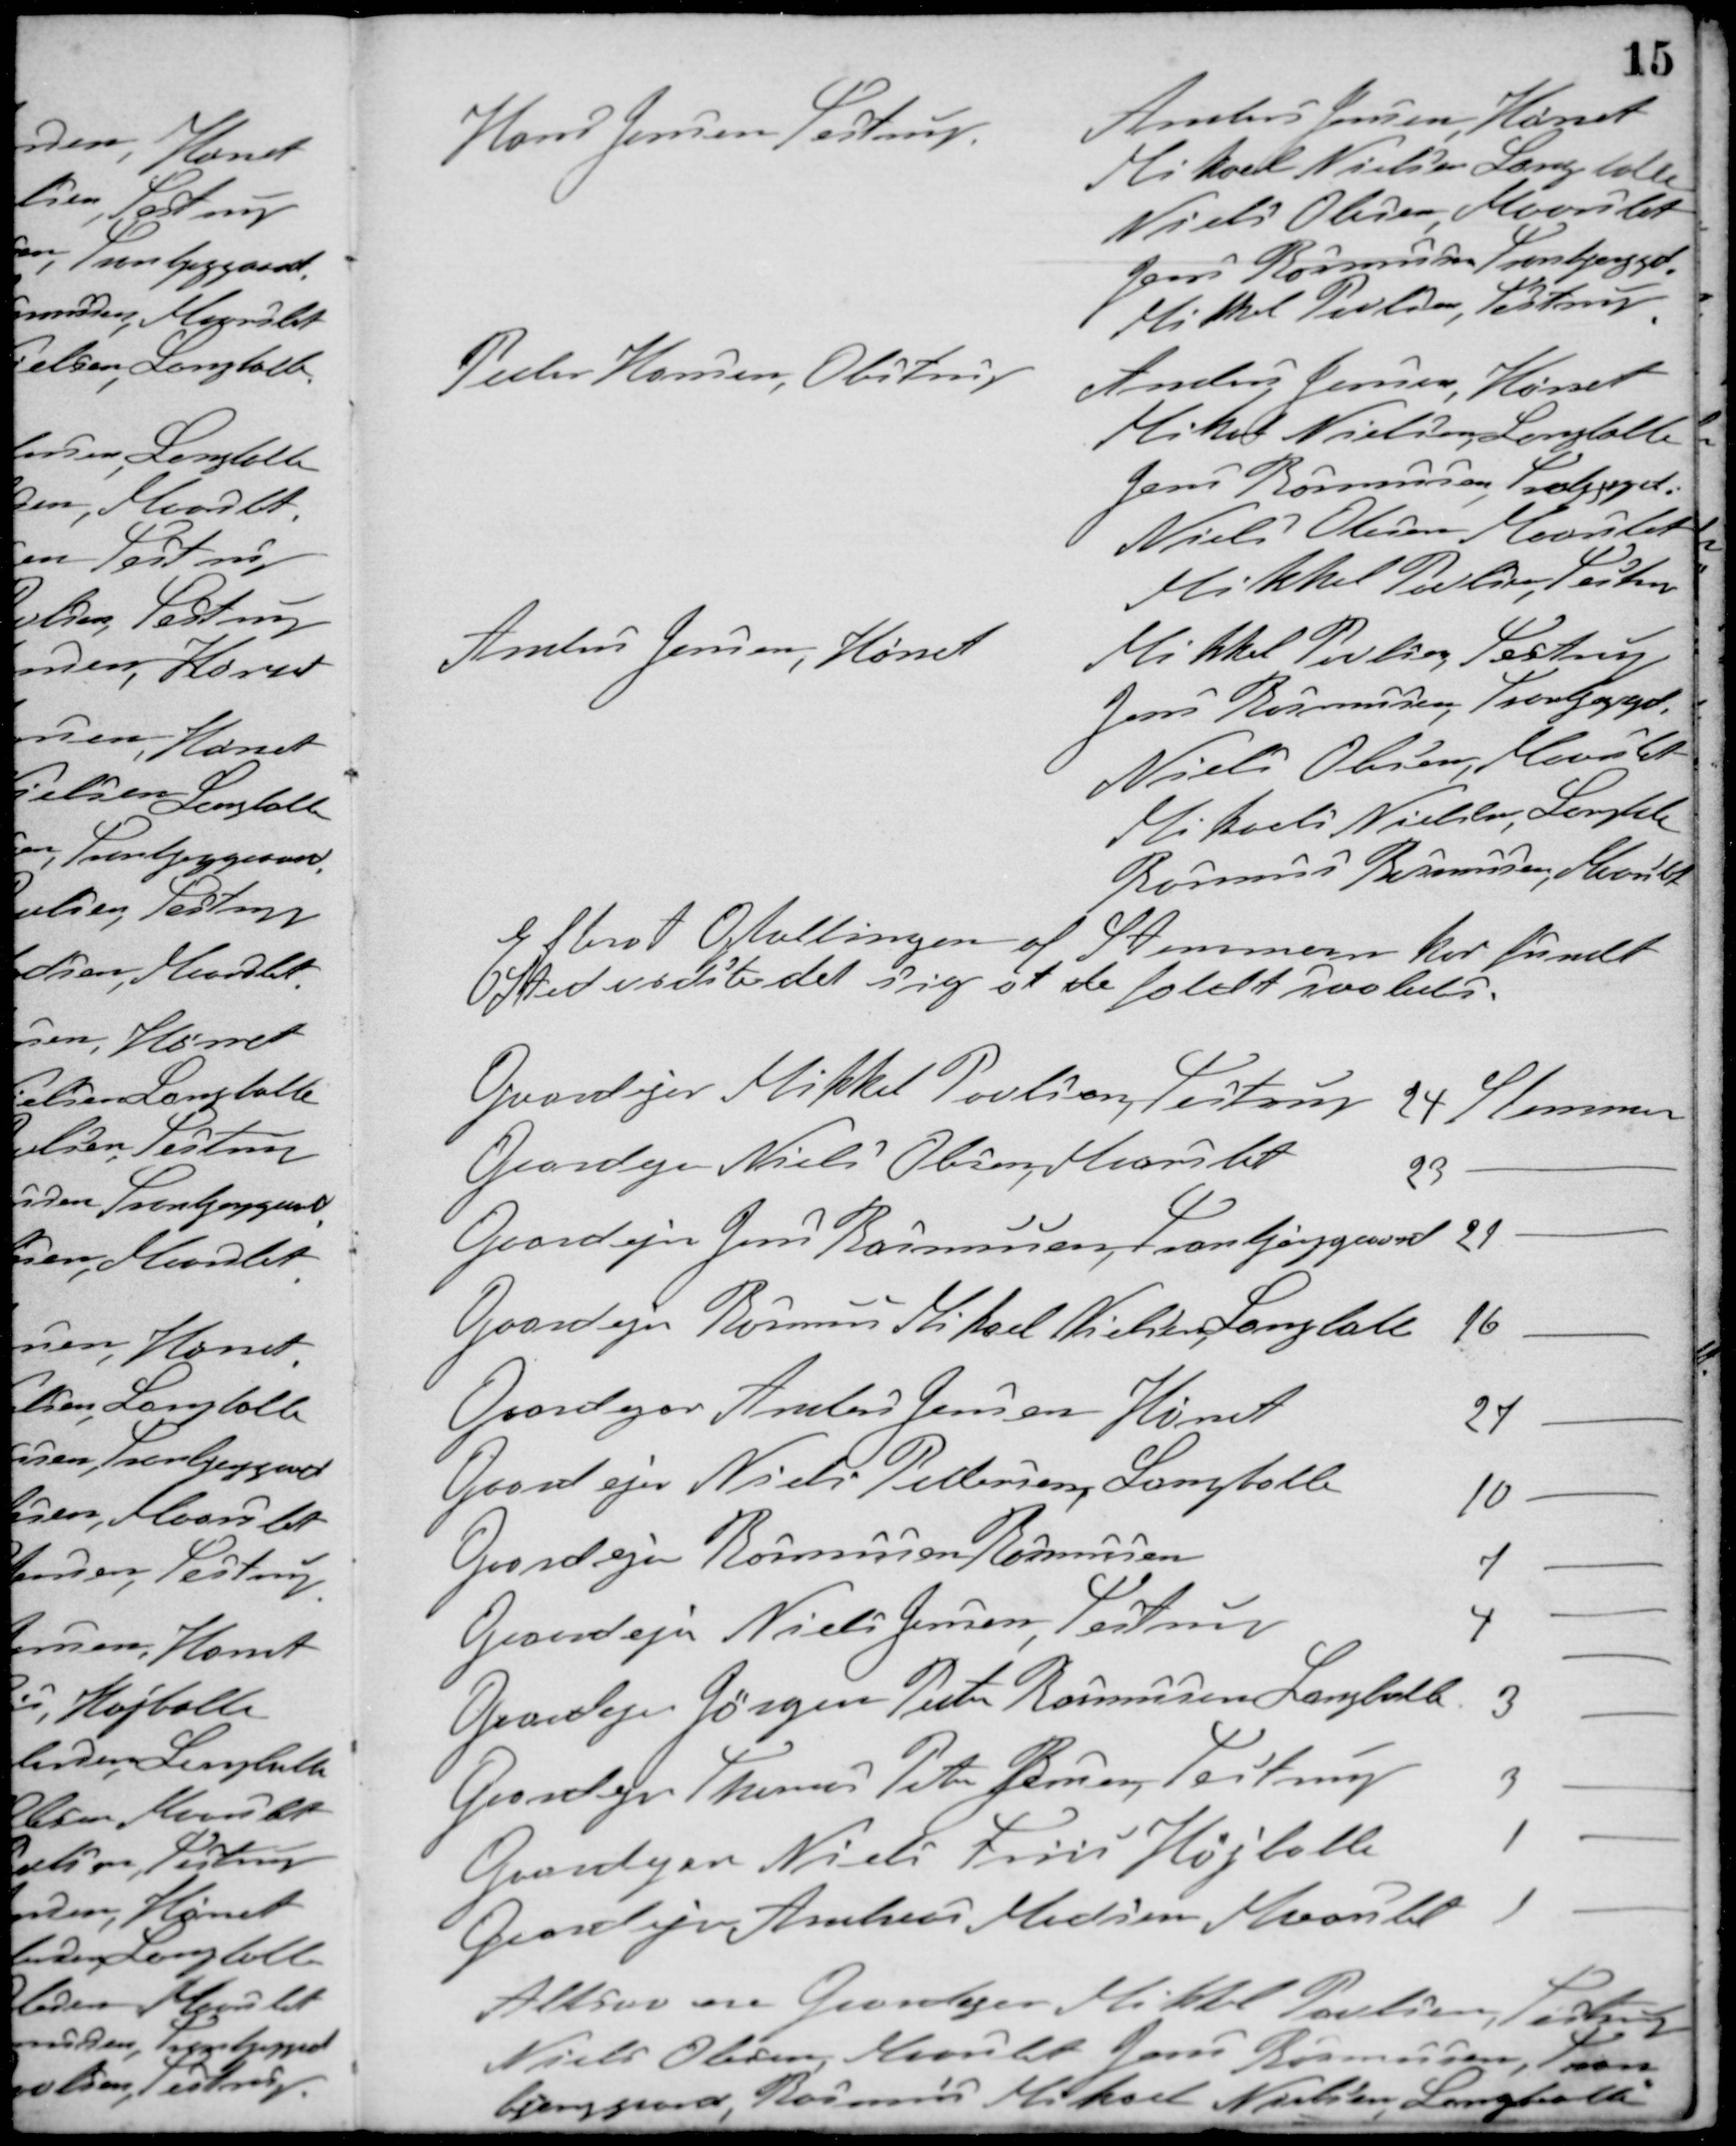
Transskription:
Hans Jensen, Testrup
Anders Jensen, Hørret
Mikael Nielsen, Langballe
Niels Olesen, Maarslet
Jens Rasmussen, Tranbjerggd.
Mikkel Poulsen, Testrup
Peder Hansen, Obstrup
Anders Jensen, Hørret
Mikael Nielsen, Langballe
Jens Rasmussen, Tranbjerggd.
Niels Olesen, Maarslet
Mikkel Pedersen, Testrup
Anders Jensen, Hørret
Mikkel Poulsen, Testrup
Jens Rasmussen, Tranbjerggd.
Niels Olesen, Maarslet
Mikael Nielsen, Langballe
Rasmus Rasmussen, Maarslet

Efter at Optællingen af Stemmern har fundet
Sted vidste det sig at de faldt saaledes
Gaardejer Mikkel Poulsen, Testrup 24 Stemmer
Gaardejer Niels Olesen, Maarslet 23 -
Gaardejer Jens Rasmussen, Tranbjerggaard 21 -
Gaardejer Rasmus Mikael Nielsen, Langballe 16 -
Gaardejer Anders Jensen, Hørret 27 -
Gaardejer Niels Pedersen, Langballe 10 -
Gaardejer Rasmussen, Rasmussen 7 -
Gaardejer Niels Jensen, Testrup 4 -
Gaardejer Jørgen Peter Rasmussen, Langballe 3 -
Gaardejer Thomas Peter Jensen, Testrup 3 -
Gaardejer Niels Friis, Højballe 1 -
Gaardejer Andreas Madsen, Maarslet 1 -
Altsaa er Gaardejer Mikkel Poulsen, Testrup
Niels Olesen, Maarslet Jens Rasmussen, Tran-
bjerggaard, Rasmus Mikael Nielsen, Langballe